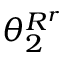
\theta _ { 2 } ^ { R ^ { r } }